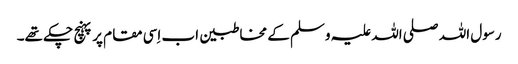
رسول اللہ صلی اللہ علیہ وسلم کے مخاطبین اب اِسی مقام پر پہنچ چکے تھے۔